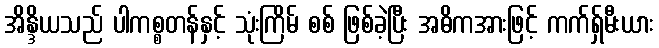
အိန္ဒိယသည် ပါကစ္စတန်နှင့် သုံးကြိမ် စစ် ဖြစ်ခဲ့ပြီး အဓိကအားဖြင့် ကက်ရှ်မီးယား